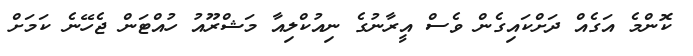
ކޮންމެ އަގެއް ދަށްކައިގެން ވެސް އީރާނުގެ ނިއުކްލިއާ މަޝްރޫއު ހުއްޓަން ޖެހޭނެ ކަމަށް